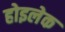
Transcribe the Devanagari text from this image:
होइलेक